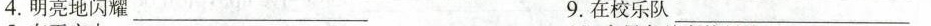
4.明亮地闪耀___ 9.在校乐队___